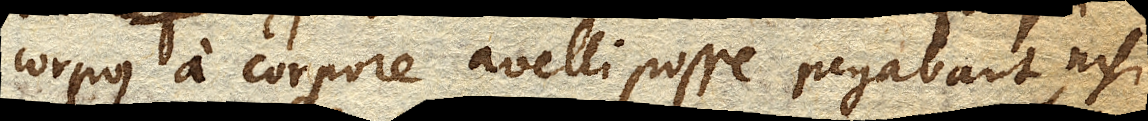
corpus a corpore avelli posse negabant, nisi